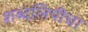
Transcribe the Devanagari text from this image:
शब्दलिपीचा